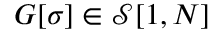
G [ { \sigma } ] \in \mathcal { S } [ 1 , { N } ]